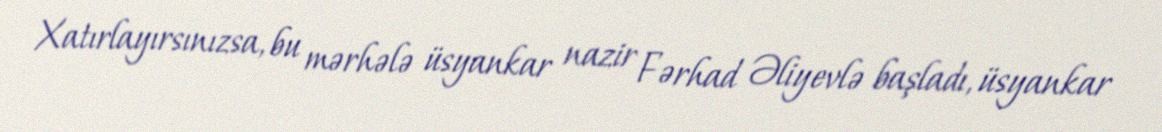
Xatırlayırsınızsa, bu mərhələ üsyankar nazir Fərhad Əliyevlə başladı, üsyankar